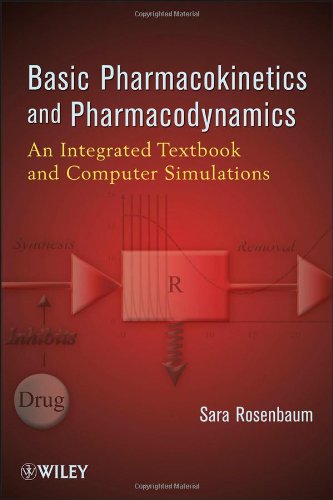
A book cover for Basic Pharmacokinetics and Pharmacodynamics: An Integrated Textbook and Computer Simulations; Sara E. Rosenbaum; Medical Books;